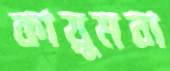
কায়ুমবা